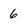
Character: 6